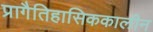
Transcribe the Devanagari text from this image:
प्रागैतिहासिककालीन